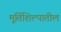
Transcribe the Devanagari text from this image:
मूर्तिशिल्पातील